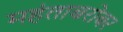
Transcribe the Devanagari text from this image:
महंताबरोबर